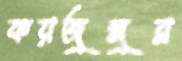
ফয়জুন্নুর